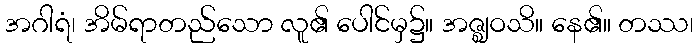
အဂါရံ၊ အိမ်ရာတည်သော လူ၏ ပေါင်မှ၌။ အဇ္ဈဝသိ။ နေ၏။ တဿ၊